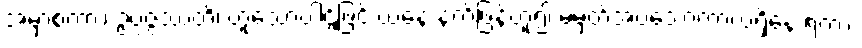
အမှာစကား၊ ဥပ္ပဇ္ဇဿတိ၊ ဟူသောပါဌ်ဖြင့် ယနေ့ နက်ဖြန်ဟူ၍ မမှတ်အပ်သောကာလရှိနေ ရကား